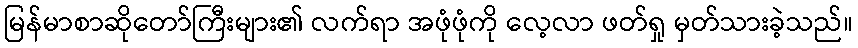
မြန်မာစာဆိုတော်ကြီးများ၏ လက်ရာ အဖုံဖုံကို လေ့လာ ဖတ်ရှု မှတ်သားခဲ့သည်။